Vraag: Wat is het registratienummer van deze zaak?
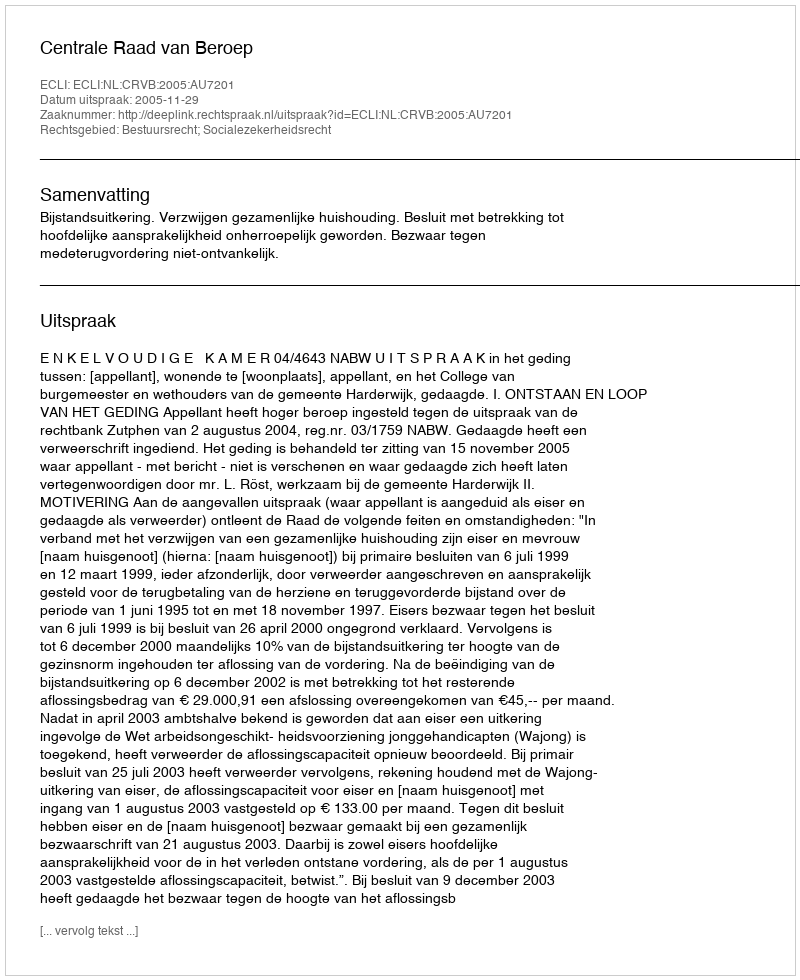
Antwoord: http://deeplink.rechtspraak.nl/uitspraak?id=ECLI:NL:CRVB:2005:AU7201